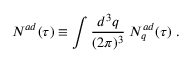
{ \cal N } ^ { a d } ( \tau ) \equiv \int { \frac { d ^ { 3 } q } { ( 2 \pi ) ^ { 3 } } } \; N _ { q } ^ { a d } ( \tau ) \; .